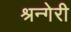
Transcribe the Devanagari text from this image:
श्रन्गेरी